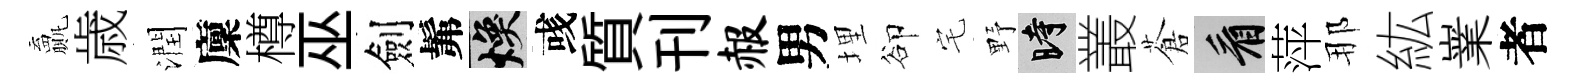
贏歳潤廩樽巫劍髴焕彧質刊赧男埋卻宅野时叢蒼看萍那紘嶪者